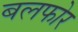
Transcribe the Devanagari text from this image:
बलफोर